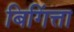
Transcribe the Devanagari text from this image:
बिगिंत्ता